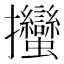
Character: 𢺳